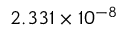
2 . 3 3 1 \times 1 0 ^ { - 8 }